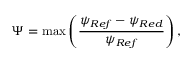
\Psi = \operatorname* { m a x } \left( \frac { \psi _ { R e f } - \psi _ { R e d } } { \psi _ { R e f } } \right) ,